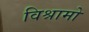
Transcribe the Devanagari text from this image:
विश्रामो